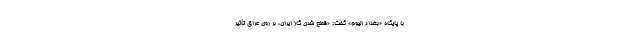
با پایگاه «بغداد الیوم»‌ گفت: «قطع شدن گاز ایران، بر روی عراق تأثیر